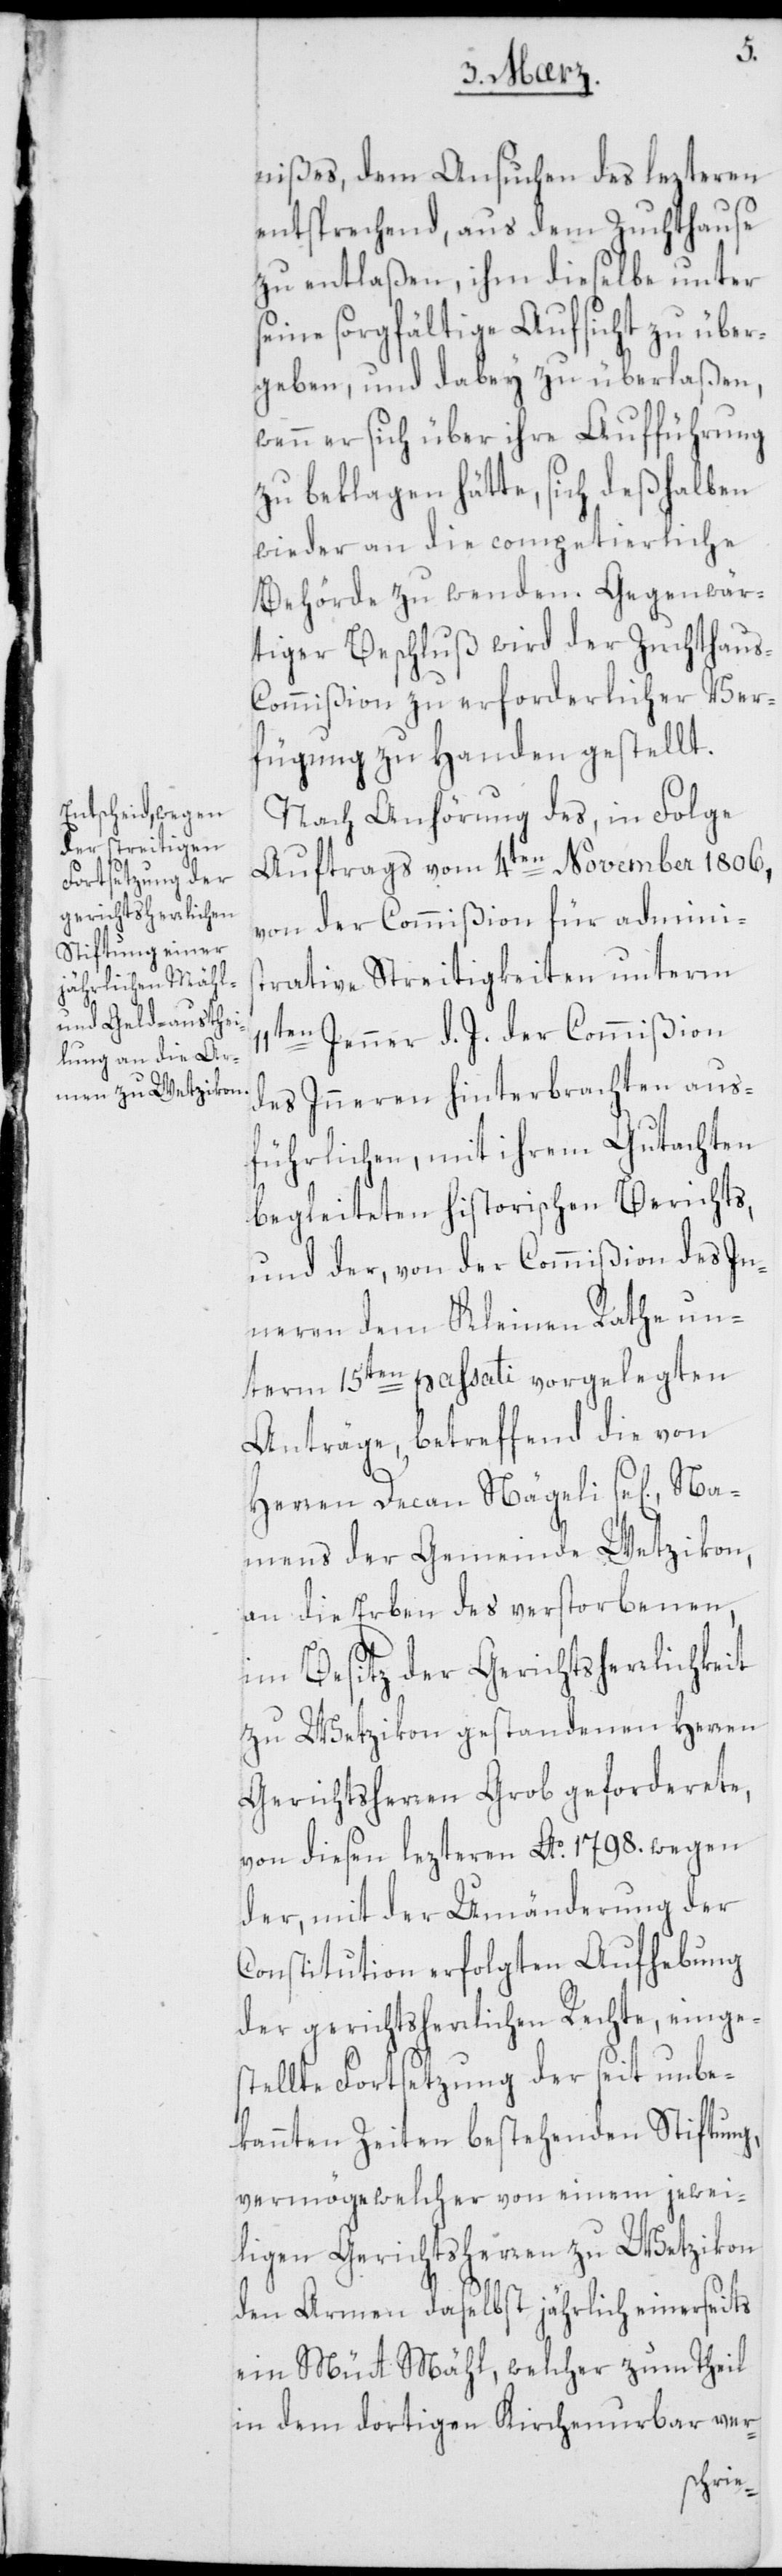
nißes, dem Ansuchen des lezteren
entsprechend, aus dem Zuchthause
zu entlaßen, ihm dieselbe unter
seine sorgfältige Aufsicht zu über¬
geben, und dabey zu überlaßen,
wenn er sich über ihre Aufführung
zu beklagen hätte, sich deßhalben
wieder an die competierliche
Behörde zu wenden. Gegenwär¬
tiger Beschluß wird der Zuchthau¬
s-Commißion zu erforderlicher Ver¬
fügung zu Handen gestellt.
Nach Anhörung des, in Folge
Auftrags vom 4ten November 1806,
von der Commißion für Adminis¬
trative Streitigkeiten unterm
11ten Jenner d. J. der Commißion
des Inneren hinterbrachten aus¬
führlichen, mit ihrem Gutachten
begleiteten historischen Berichts,
und der, von der Commißion des In¬
neren dem Kleinen Rathe un¬
term 15ten passati vorgelegten
Anträge, betreffend die von
Herren Decan Nägeli se[lig], Na¬
mens der Gemeinde Wetzikon,
an die Erben des verstorbenen,
im Besitz der Gerichtsherrlichkeit
zu Wetzikon gestandenen Herren
Gerichtsherren Grob geforderete,
von diesen lezteren Ao. 1798. wegen
der, mit der Umänderung der
Constitution erfolgten Aufhebung
der gerichtsherrlichen Rechte, einge¬
stellte Fortsetzung der seit unbe¬
kannten Zeiten bestehenden Stiftung,
vermöge welcher von einem jewei¬
ligen Gerichtsherren zu Wetzikon
den Armen daselbst jährlich einerseits
ein Mütt Mähl, welcher zum Theil
in dem dortigen Kirchenurbar ver-